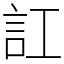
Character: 訌